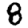
Digit: 8